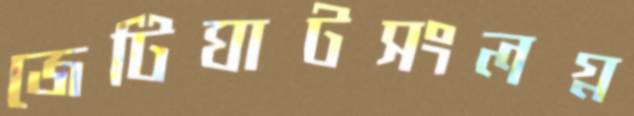
জেটিঘাটসংলগ্ন